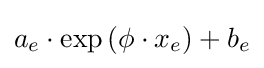
a_{e}\cdot \exp {(\phi \cdot x_{e})}+b_{e}